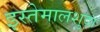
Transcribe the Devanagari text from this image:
इस्तेमालशुदा